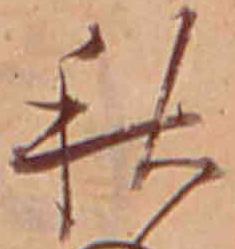
秋